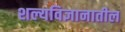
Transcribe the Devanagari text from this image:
शल्यविज्ञानातील